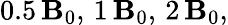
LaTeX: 0.5\, \mathbf{B}_{0},\, 1\, \mathbf{B}_{0},\, 2\, \mathbf{B}_{0},